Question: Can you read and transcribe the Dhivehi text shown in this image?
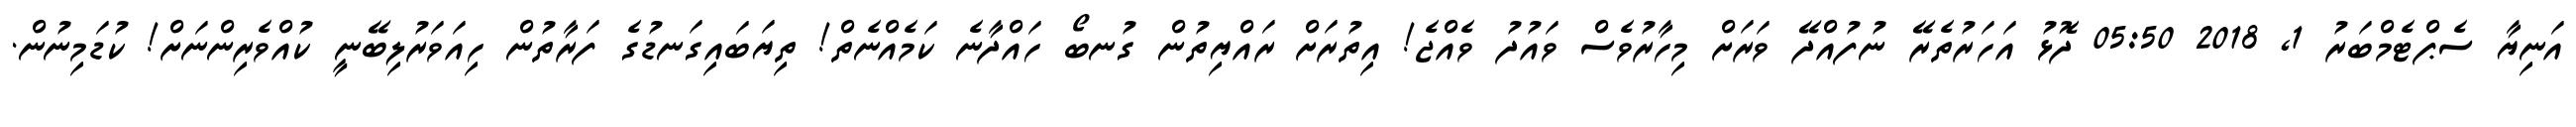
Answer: އަނިޔާ ސެޕްޓެމްބަރު 1, 2018 05:50 ދޮޅު އަހަރުތެރޭ ނުފުއްދޭ ވަރަށް މިހާރުވެސް ވައުދު ވެއްޖެ! އިތުރަށް ރައްޔިތުން ގުނބޯ ހައްދާނެ ކަމެއްނެތް! ތިޔަބައިގަނޑުގެ ފަރާތުން ހިއަވަރުލިބޭނީ ކުއްވެރިންނަށް! ކުޑަމިނުން.